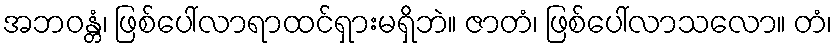
အဘဝန္တံ၊ ဖြစ်ပေါ်လာရာထင်ရှားမရှိဘဲ။ ဇာတံ၊ ဖြစ်ပေါ်လာသလော။ တံ၊